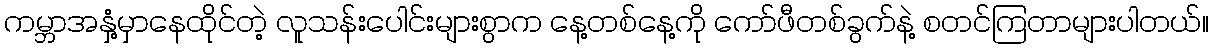
ကမ္ဘာအနှံ့မှာနေထိုင်တဲ့ လူသန်းပေါင်းများစွာက နေ့တစ်နေ့ကို ကော်ဖီတစ်ခွက်နဲ့ စတင်ကြတာများပါတယ်။